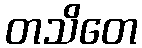
တသိတေ